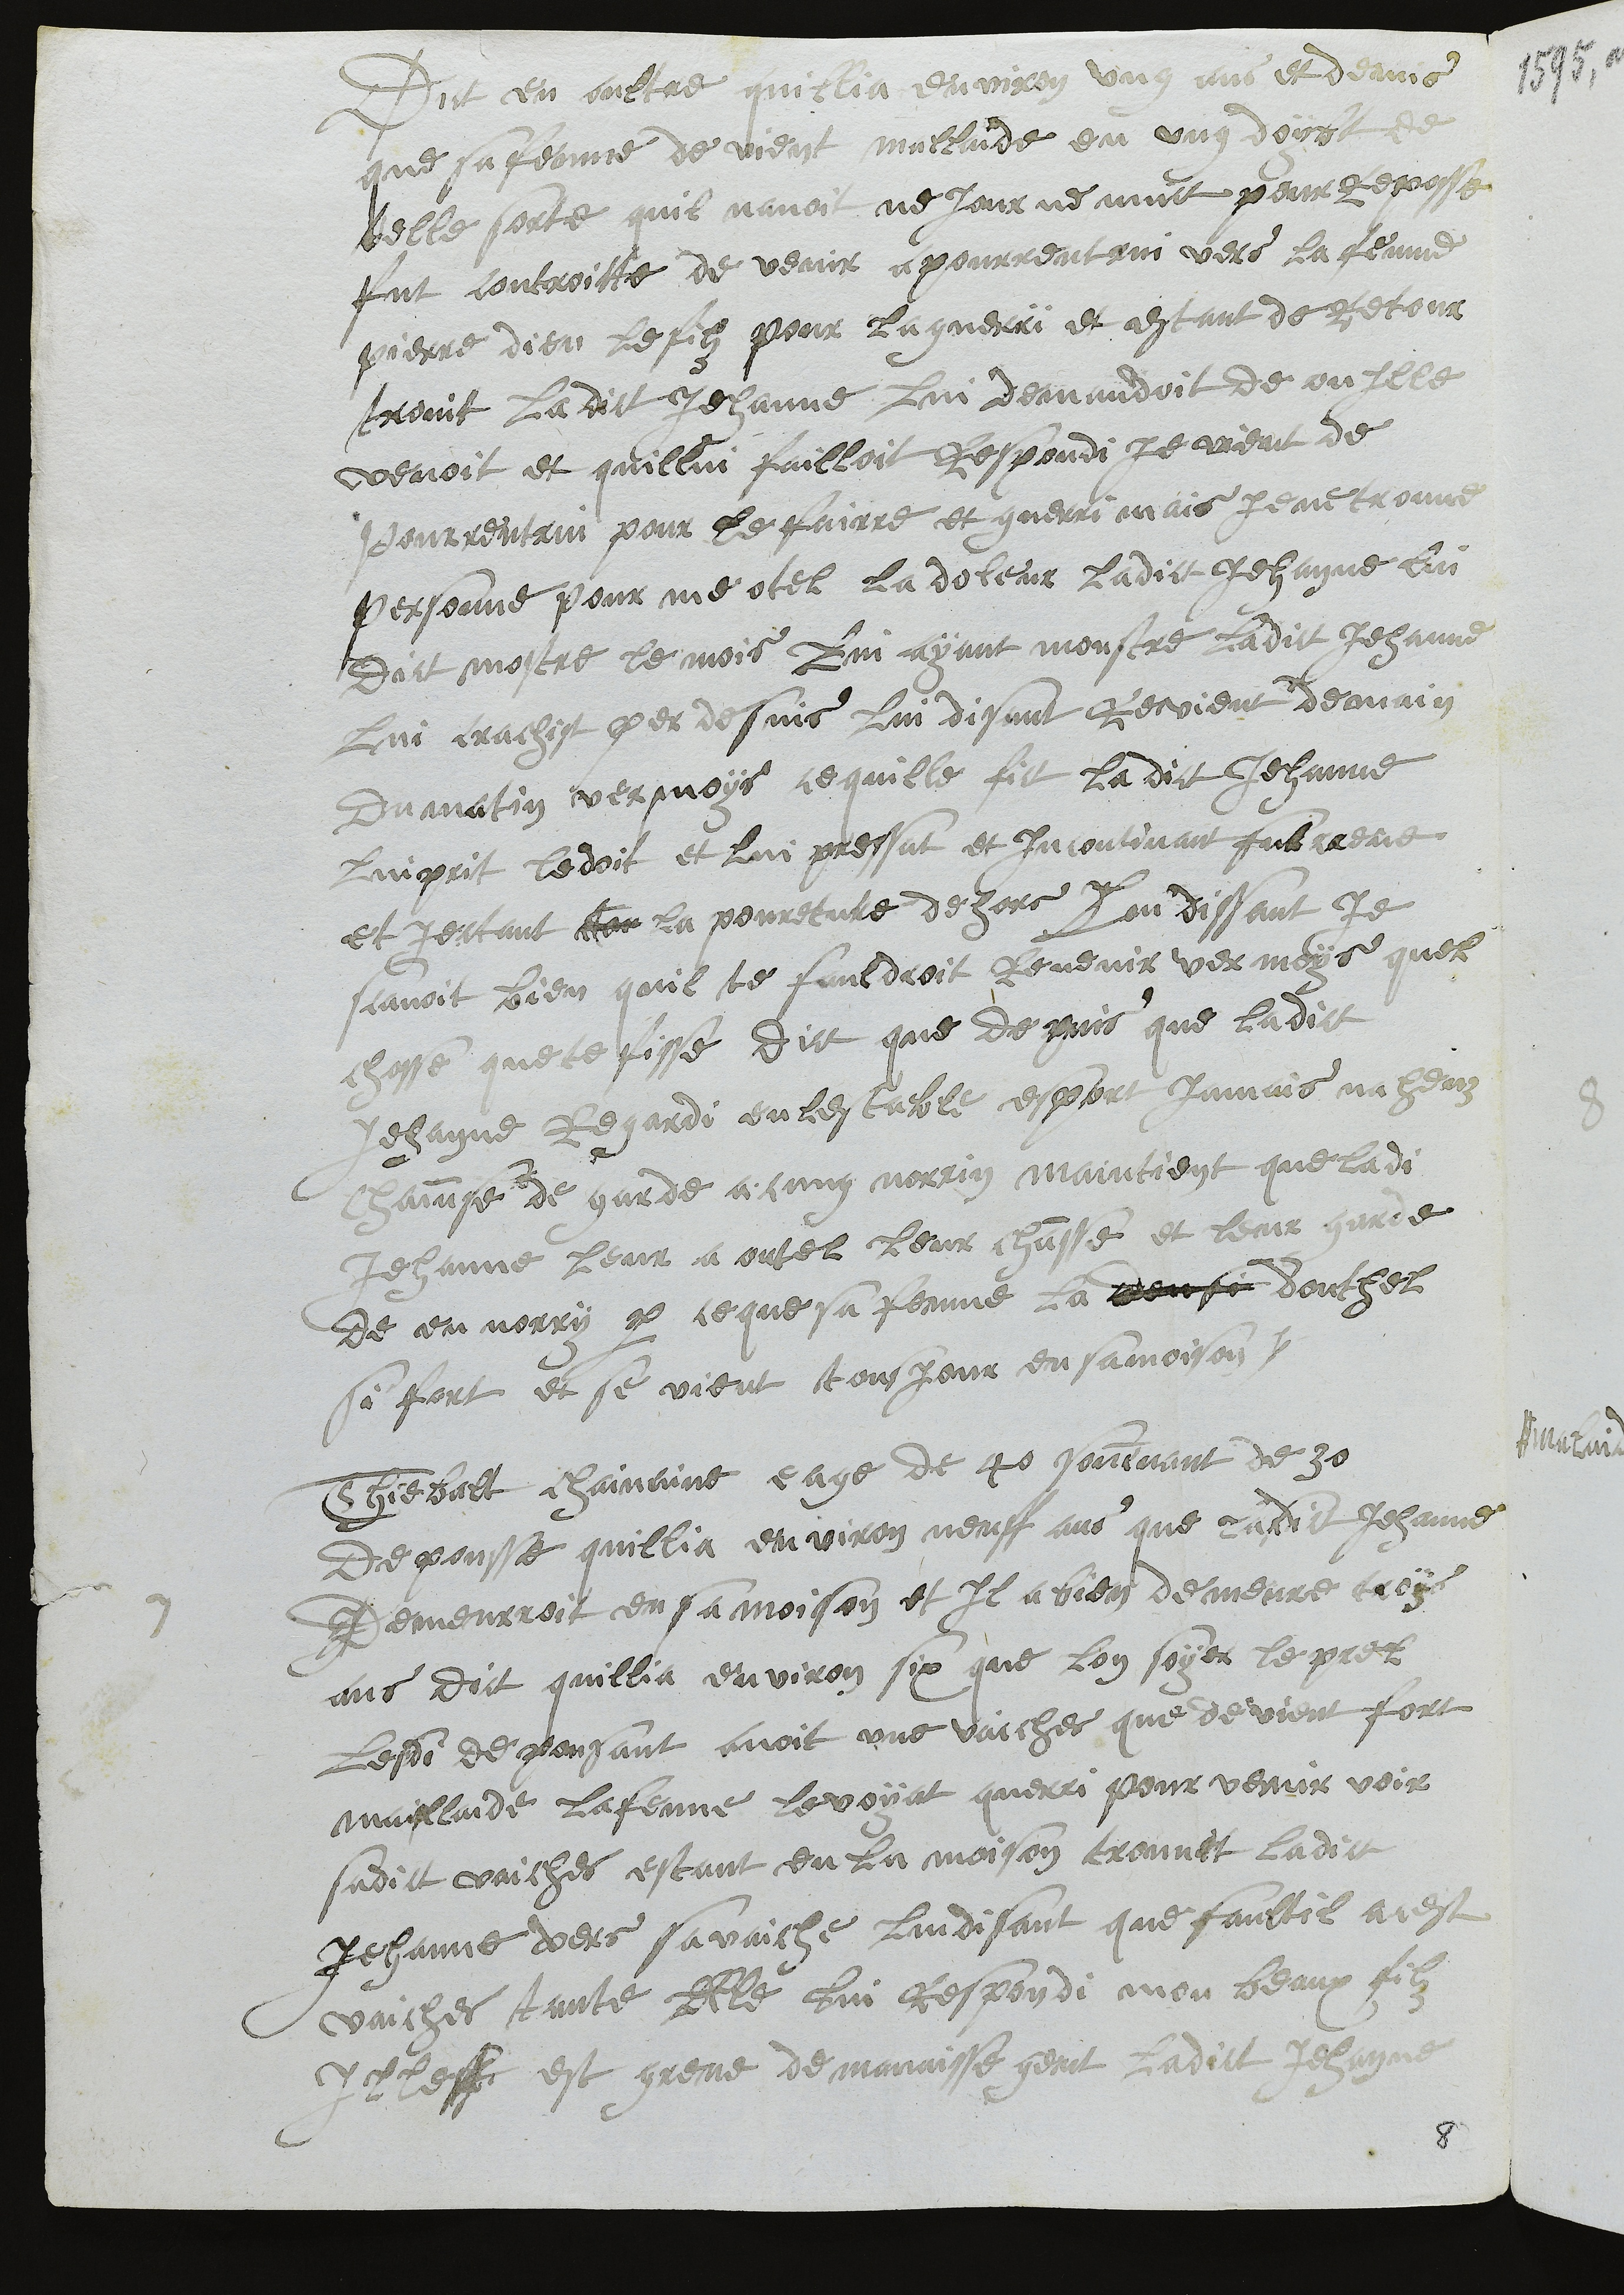
Dict en oultre quillia environ ung ans et demis
que sa femme de vient mallaide en ung doybt de
telle sorte quil navoit ne jour ne nuict pour Reposse
fut controitte de venir apourrentrui vers la fenme
pierre dieu le filz pour la guerrï et estant de retour
trovit ladict Jehanne lui demandoit de ou Ille
venoit et quillui failloit Respondi Je vient de
Pourrentrui pour le fairre et guerri mais je ne trouve
personne pour me otel la doleur ladict Jehanne lui
dict mostre le mois lui ayant monstre ladict Jehanne
lui crachist per desuis lui disant Revient demain
Du matin vermoys ce quille fit la dict Jehanne
luiprit ledoit et lui pressat et incontinant fut creve
et jectant lor la poureture de hors Lui dissant Je
savoit bien quil te fauldroit Revenir vermoys quel
chosse quete fisse dict que depuis que ladict
Jehanne Regardi en lestable es port Jamais na heuz
chainse de garde acung norrin maintient que ladi
Jehanne leur a outel leur chansse et leur garde
de en norry par ce que sa femme la deusi douthet
si fort et se vient tousjour en sa moison.
Thiebalt chaivaine eage de 40 souvenant de 30
depousse quillia environ neuff ans que ladict Jehanne
Demeurroit en sa moison et il a bien demeure troys
ans dict quillia environ six que lon soyer le prel
Lesdi depousant avoit une vaiches que devient fort
maillaide la fenme levoyat querri pour venir voir
sadict vaiches estant en la moison trouvit ladict
Jehanne vers sa vaiche lui disant que faultil acest
vaiches tante elle lui respondi mon beaux filz
Illeff est greve de mavaisse gent ladict Jehanne

8